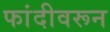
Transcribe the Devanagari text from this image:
फांदीवरून